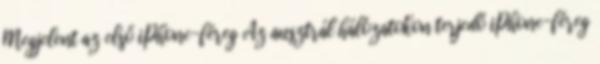
Megjelent az első iPhone-féreg Az ausztrál hálózatokon terjedő iPhone-féreg